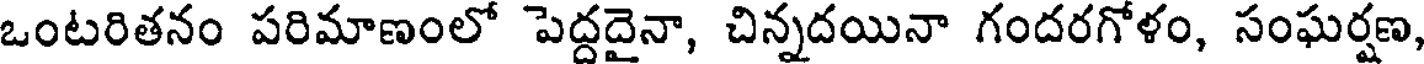
ఒంటరితనం పరిమాణంలో పెద్దదైనా, చిన్నదయినా గందరగోళం, సంఘర్షణ,